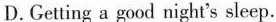
D.Getting a good night's sleep.